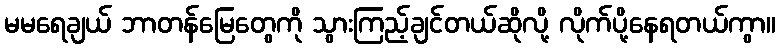
မမရေချယ် ဘာတန်မြေတွေကို သွားကြည့်ချင်တယ်ဆိုလို့ လိုက်ပို့နေရတယ်ကွာ။